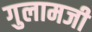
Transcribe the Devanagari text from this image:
गुलामजी